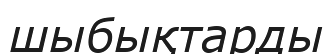
шыбықтарды